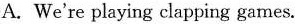
A.We're playing clapping games.